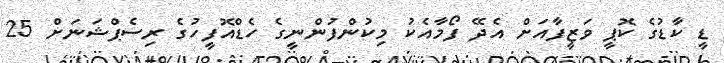
ޑީ ކާޑުގެ ކޮޕީ ވަޒީފާއަށް އެދޭ ފޯމާއެކު މިކުންފުންނީގެ ހެޑްއޮފީހުގެ ރިސެޕްޝަނަށް 25